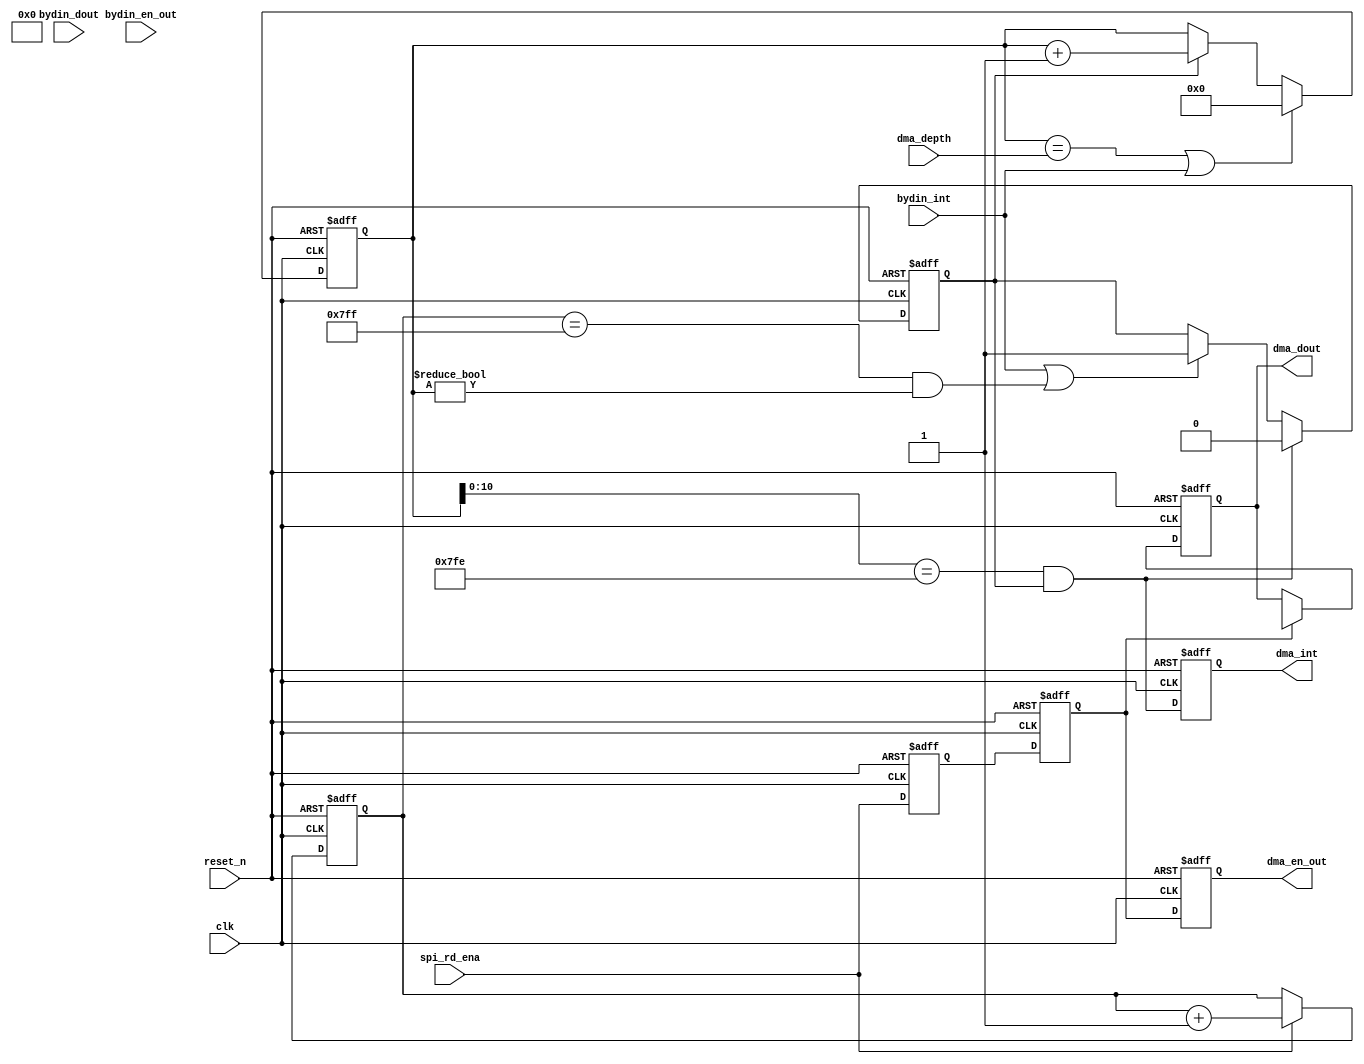
module bydin_dma(
    clk,
    reset_n,
    bydin_int,
    bydin_en_out,
    bydin_dout,
    spi_rd_ena,
    dma_depth,

    dma_en_out,
    dma_dout,
    dma_int
);

parameter BUF_WID  = 11;
parameter BUF_SIZE = ((1 << BUF_WID) - 1);

input                 clk         ;
input                 reset_n     ;
input                 bydin_int   ;
input                 bydin_en_out;
input  [7:0]          bydin_dout  ;
input                 spi_rd_ena  ;
input  [16:0]         dma_depth   ;

output                dma_en_out  ;
output  [7:0]         dma_dout    ;
output                dma_int     ;

reg    [16:0]         dma_counter ;
reg                   ena_counter ;
reg                   dma_int     ;
reg                   dma_en_out  ;
reg     [7:0]         dma_dout    ;
reg  [BUF_WID-1:0]    spi_counter ;
reg                   spi_rd      ;
reg                   spi_rd_d1   ;

wire                  rst_counter ;
wire                  dma_fifo_full;
wire                  new_dma_rd  ;

assign rst_counter = ( dma_counter == dma_depth ) | bydin_int;
assign dma_fifo_full = ( dma_counter[BUF_WID-1:0] == (BUF_SIZE-1) ) & ena_counter;
assign new_dma_rd = ( spi_counter == BUF_SIZE ) & ( dma_counter != 'h0 );

// clear when all data read finish
// or new bydin int start
always @ (posedge clk or negedge reset_n)
if(!reset_n)
    dma_counter <= #1 'h0;
else if(rst_counter)
    dma_counter <= #1 'h0;	
else if(ena_counter)
    dma_counter <= #1 dma_counter + 1'b1;

always @ (posedge clk or negedge reset_n)
if(!reset_n)
    ena_counter <= #1 1'b0;
else if(dma_fifo_full)
    ena_counter <= #1 1'b0;	
else if(bydin_int | new_dma_rd)
    ena_counter <= #1 1'b1;

always @ (posedge clk or negedge reset_n)
if(!reset_n)
    dma_int <= #1 1'b0;
else	
    dma_int <= #1 dma_fifo_full;

always @ (posedge clk or negedge reset_n)
if(!reset_n)
    spi_counter <= #1 'h0;
else if(spi_rd_ena)
    spi_counter <= #1 spi_counter + 1'b1;

always @ (posedge clk or negedge reset_n)
if(!reset_n) begin
    spi_rd <= #1 1'b0;
    spi_rd_d1 <= #1 1'b0;
    end
else begin
    spi_rd <= #1 spi_rd_ena;	
    spi_rd_d1 <= #1 spi_rd;
end

always @ (posedge clk or negedge reset_n)
if(!reset_n)
    dma_en_out <= #1 1'b0;
else
    dma_en_out <= #1 spi_rd_d1;

always @ (posedge clk or negedge reset_n)
if(!reset_n)
    dma_dout <= #1 8'h0;
else if(spi_rd_d1)
    dma_dout <= #1 mem_q;	



endmodule